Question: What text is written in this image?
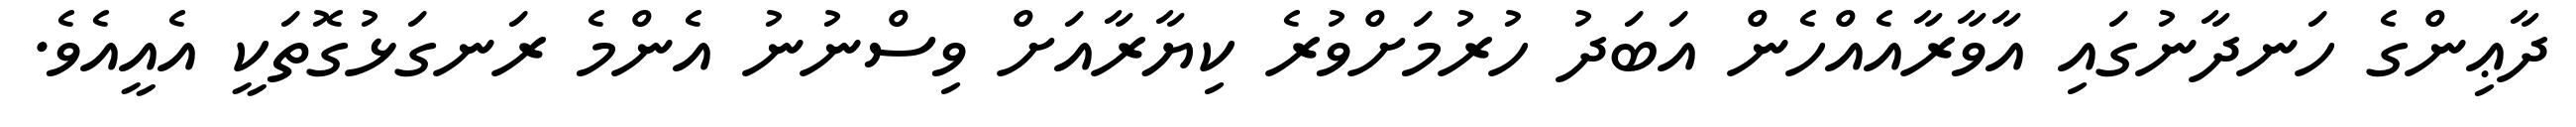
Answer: ދާޢިންގެ ހަނދާނުގައި އާވާރާއެއްހެން އަބަދު ހުރުމަށްވުރެ ކިޔާރާއަށް ވިސްނުނު އެންމެ ރަނގަޅުގޮތަކީ އެއީއެވެ.